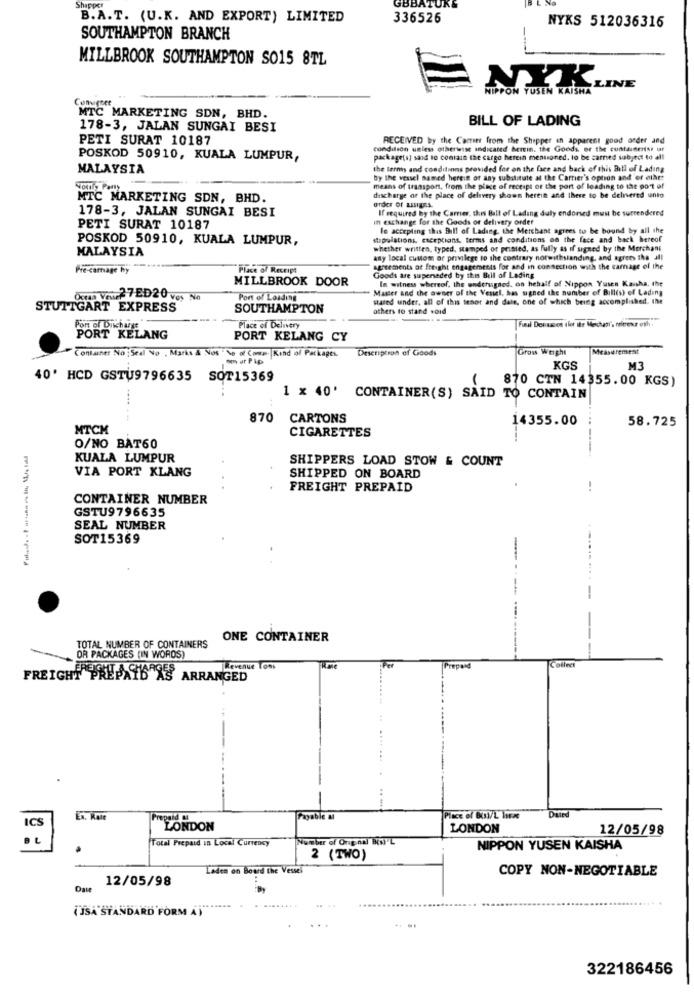
GBBATU
Shepper
B.A.T. (U.K. AND EXPORT) LIMITED
336526
NYKS 512036316
SOUTHAMPTON BRANCH
MILLBROOK SOUTHAMPTON SO15 8TL
NYK
NIPPON YUSEN KAISHA
LINE
Convignet
MTC MARKETING SDN, BHD.
BILL OF LADING
178-3, JALAN SUNGAI BESI
PETI SURAT 10187
RECEIVED by the Camer from the Shipper an apparent good order and
condition unless otherwise indicated bertin. the Goods or the containerist uar
POSKOD 50910, KUALA LUMPUR,
package(s) sand to contain the cargo herein mentioned. to be carried subject to all
MALAYSIA
the terms and conditions provided for on the face and back of this Bill of Lading
by the vessel named herein or any substitute at the Carrier's option and"or other
means of traaspon, from the place of receipt of the port of leading to the pot of
MTC MARKETING SDN, BHD.
discharge of the place of delivery shown herein and there to be delivered unto
178-3, JALAN SUNGAI BESI
order of assigns.
If required by the Camer, this Bill of Lading duly endorsed must be surrendered
in exchange for the Goods or delivery order
PETI SURAT 10187
le accepting this Bill of Lading the Merchant agrees tu be bound by all the
POSKOD 50910, KUALA LUMPUR,
staprelations, exceptions, terms and conditions on the face and back hereof
MALAYSIA
whether written, typed, stamped or printed, as fully as if signed by the Merchant
any local customs or privilege to the contrary notwithstanding, and agrees tha all
Pre-carnage hy
Place of Receipt
agreements ot freight engagements for and in connection with the carnage of the
MILLBROOK DOOR
Goods are superseded by this Bill of Lading
In witness whereof, the undersigned, on hehalf of Nippon Yusen Kasha. the
Master and the owner of the Vessel, has signed the number of Bill(s) of Lading
. Ogna Vour27ED20 vos No
Port of Loading
sased under, all of this tenor and date, one of which being accomplished. the
STUTTGART EXPRESS
SOUTHAMPTON
others to stand void
Pon of Discharge
Place of Delivery
PORT KELANG
PORT KELANG CY
Description of Goods
Gross Weight
Measurement
Container No Seal No . Marks & Nos Ve of Com |Kind of Packages.
om ar Pip
KGS
M3
40' HCD GSTU9796635 SOT15369
870 CTN 14355.00 KGS)
1 x 40' CONTAINER(S) SAID TO CONTAIN
.... .
870
CARTONS
14355.00
58.725
MTCM
CIGARETTES
O/NO BAT60
KUALA LUMPUR
SHIPPERS LOAD STOW & COUNT
VIA PORT KLANG
SHIPPED ON BOARD
FREIGHT PREPAID
-.
CONTAINER NUMBER
GSTU9796635
SEAL NUMBER
SOT15369
ONE CONTAINER
TOTAL NUMBER OF CONTAINERS
OR PACKAGES (IN WORDS)
Collect
Revenue Tons
Prepaid
FREIGHT P
PREPAID AS ARRANGED
ICS
Ex. Rate
Payable a
Place of Bij/L have
LONDON
LONDON
12/05/98
L
Total Prepaid In Local Currency
Number of Orig nal Bei'L
NIPPON YUSEN KAISHA
2 (TWO)
Laden on Board the Vessel
COPY NON-NEGOTIABLE
12/05/98
Date
( JSA STANDARD FORM A )
322186456